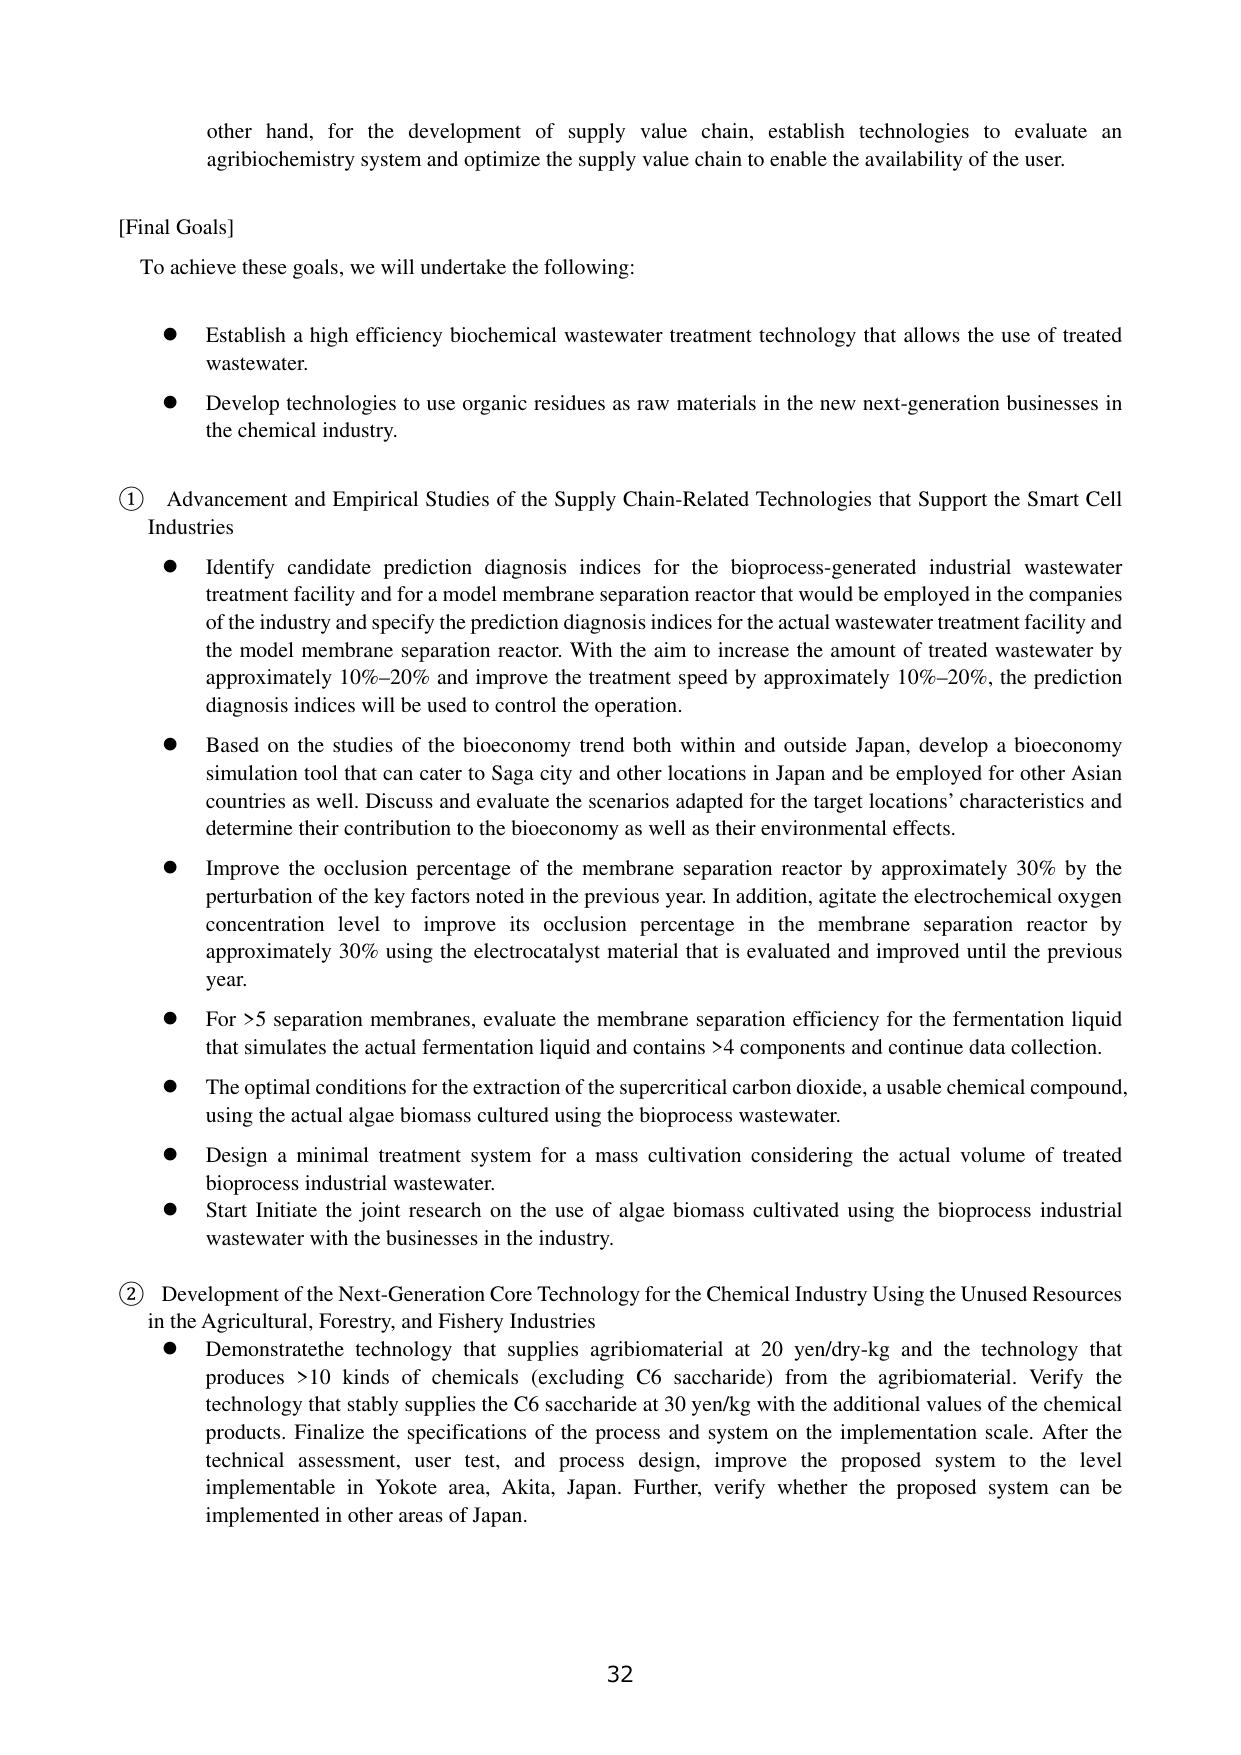
other hand, for the development of supply value chain, establish technologies to evaluate an agri biochemistry system and optimize the supply value chain to enable the availability of the user.

[Final Goals]
To achieve these goals, we will undertake the following:

● Establish a high efficiency biochemical wastewater treatment technology that allows the use of treated wastewater.
● Develop technologies to use organic residues as raw materials in the new next-generation businesses in the chemical industry.

① Advancement and Empirical Studies of the Supply Chain-Related Technologies that Support the Smart Cell Industries
● Identify candidate prediction diagnosis indices for the bioprocess-generated industrial wastewater treatment facility and for a model membrane separation reactor that would be employed in the companies of the industry and specify the prediction diagnosis indices for the actual wastewater treatment facility and the model membrane separation reactor. With the aim to increase the amount of treated wastewater by approximately 10%–20% and improve the treatment speed by approximately 10%–20%, the prediction diagnosis indices will be used to control the operation.
● Based on the studies of the bioeconomy trend both within and outside Japan, develop a bioeconomy simulation tool that can cater to Saga city and other locations in Japan and be employed for other Asian countries as well. Discuss and evaluate the scenarios adapted for the target locations’ characteristics and determine their contribution to the bioeconomy as well as their environmental effects.
● Improve the occlusion percentage of the membrane separation reactor by approximately 30% by the perturbation of the key factors noted in the previous year. In addition, agitate the electrochemical oxygen concentration level to improve its occlusion percentage in the membrane separation reactor by approximately 30% using the electrocatalyst material that is evaluated and improved until the previous year.
● For >5 separation membranes, evaluate the membrane separation efficiency for the fermentation liquid that simulates the actual fermentation liquid and contains >4 components and continue data collection.
● The optimal conditions for the extraction of the supercritical carbon dioxide, a usable chemical compound, using the actual algae biomass cultured using the bioprocess wastewater.
● Design a minimal treatment system for a mass cultivation considering the actual volume of treated bioprocess industrial wastewater.
● Start Initiate the joint research on the use of algae biomass cultivated using the bioprocess industrial wastewater with the businesses in the industry.

② Development of the Next-Generation Core Technology for the Chemical Industry Using the Unused Resources in the Agricultural, Forestry, and Fishery Industries
● Demonstrate the technology that supplies agribiomaterial at 20 yen/dry-kg and the technology that produces >10 kinds of chemicals (excluding C6 saccharide) from the agribiomaterial. Verify the technology that stably supplies the C6 saccharide at 30 yen/kg with the additional values of the chemical products. Finalize the specifications of the process and system on the implementation scale. After the technical assessment, user test, and process design, improve the proposed system to the level implementable in Yokote area, Akita, Japan. Further, verify whether the proposed system can be implemented in other areas of Japan.

32